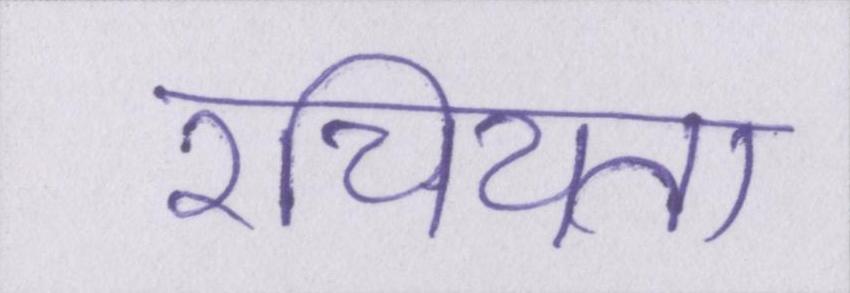
रचियता